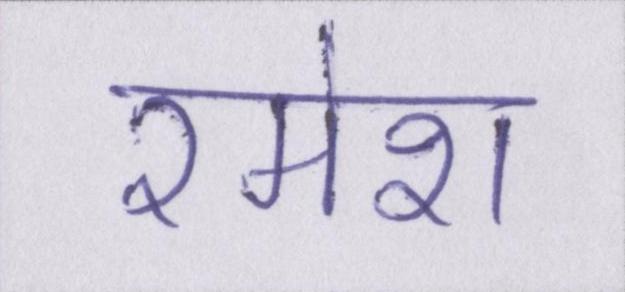
रमेश